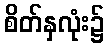
စိတ်နှလုံး၌